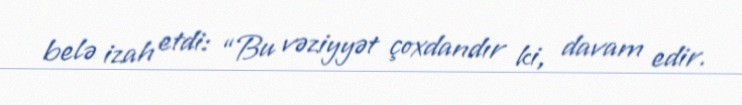
belə izah etdi: “Bu vəziyyət çoxdandır ki, davam edir.